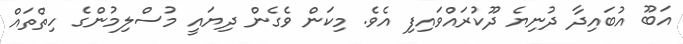
އަބޫ އުބައިދާ ދުނިޔެ ދޫކުރައްވައިފި އެވެ. މިކަން ވެގެން ދިޔައީ މުސްލިމުންގެ ހިތްތައް